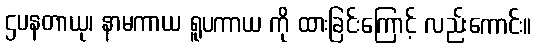
ဌပနတာယု၊ နာမကာယ ရူပကာယ ကို ထားခြင်းကြောင့် လည်းကောင်း။